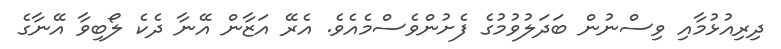
ދިރިއުޅުމާއި ވިސްނުން ބަދަލުވުމުގެ ފެށުންވެސްމެއެވެ. އެރޭ އަޒާން އޭނާ ދެކެ ލޯބިވާ އޭނާގެ